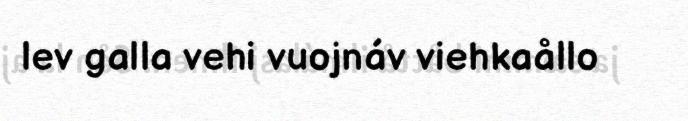
lev galla vehi vuojnáv viehkaållo